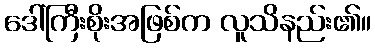
ဒေါ်ကြီးစိုးအဖြစ်က လူသိနည်း၏။